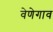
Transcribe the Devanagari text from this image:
वेणेगाव